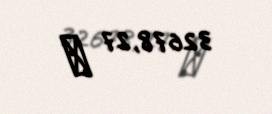
32678,27 ₼